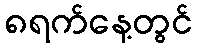
၈ရက်နေ့တွင်